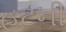
હટની